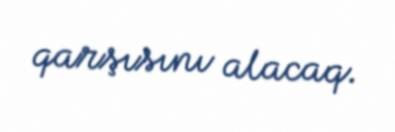
qarşısını alacaq.